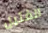
الفتيل